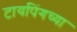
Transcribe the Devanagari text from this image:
टायपिंगच्या